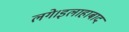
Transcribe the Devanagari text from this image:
लगे।इलाहाबाद